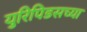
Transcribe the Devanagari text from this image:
युरिपिडसच्या